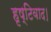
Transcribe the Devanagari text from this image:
हृष्टिवाद।